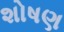
શોષણ